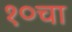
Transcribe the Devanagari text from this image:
१०चा